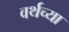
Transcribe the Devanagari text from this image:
वर्थच्या